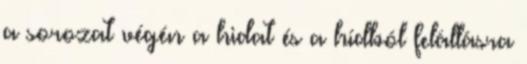
a sorozat végén a hidat és a hídból felállásra